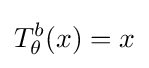
T_{\theta }^{b}(x)=x